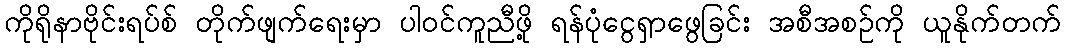
ကိုရိုနာဗိုင်းရပ်စ် တိုက်ဖျက်ရေးမှာ ပါဝင်ကူညီဖို့ ရန်ပုံငွေရှာဖွေခြင်း အစီအစဉ်ကို ယူနိုက်တက်